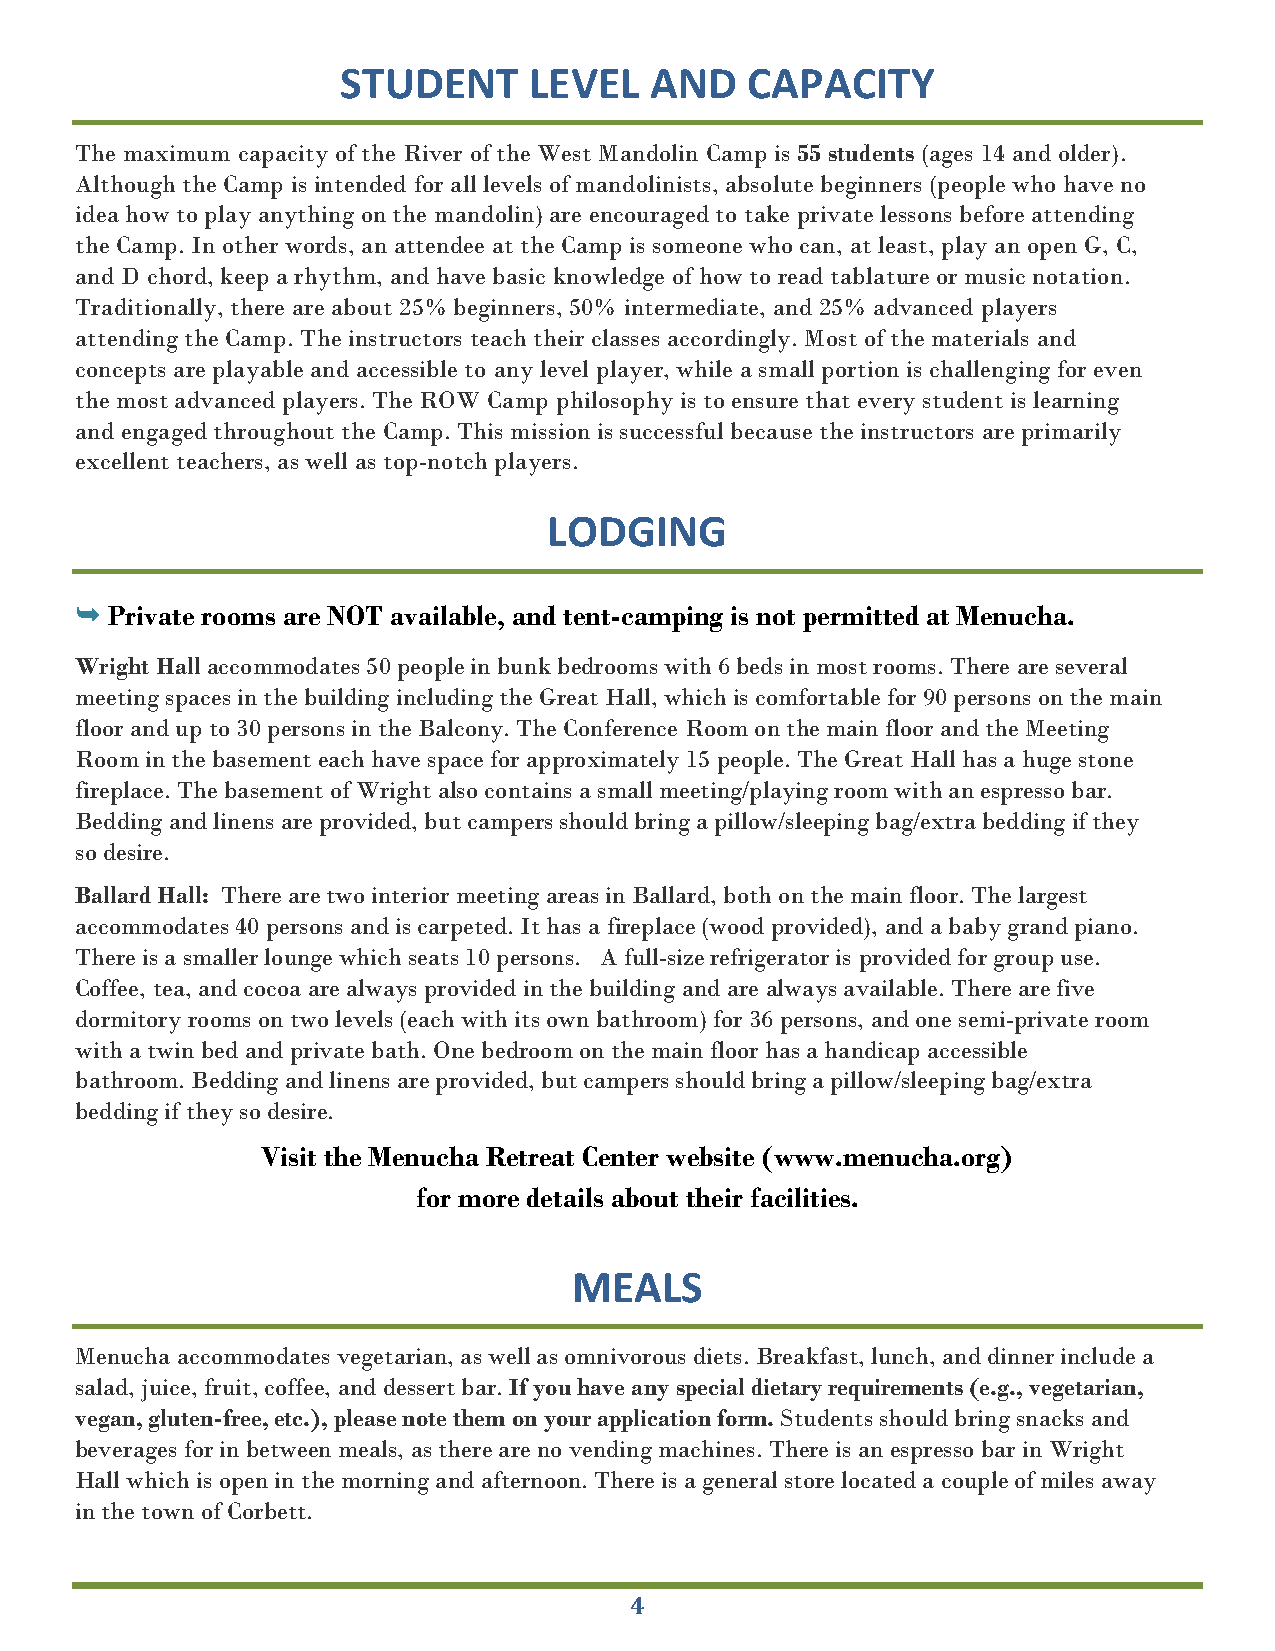
STUDENT     LEVEL   AND   CAPACITY
 The maximum capacity of the River of the West Mandolin Camp is 55 students (ages 14 and older).
 Although the Camp is intended for all levels of mandolinists, absolute beginners (people who have no
 idea how to play anything on the mandolin) are encouraged to take private lessons before attending
 the Camp. In other words, an attendee at the Camp is someone who can, at least, play an open G, C,
 and D chord, keep a rhythm, and have basic knowledge of how to read tablature or music notation.
 Traditionally, there are about 25% beginners, 50% intermediate, and 25% advanced players
 attending the Camp. The instructors teach their classes accordingly. Most of the materials and
 concepts are playable and accessible to any level player, while a small portion is challenging for even
 the most advanced players. The ROW Camp philosophy is to ensure that every student is learning
 and engaged throughout the Camp. This mission is successful because the instructors are primarily
 excellent teachers, as well as top-notch players.
 LODGING
  Private rooms are NOT available, and tent-camping is not permitted at Menucha.
 Wright Hall accommodates 50 people in bunk bedrooms with 6 beds in most rooms. There are several
 meeting spaces in the building including the Great Hall, which is comfortable for 90 persons on the main
 floor and up to 30 persons in the Balcony. The Conference Room on the main floor and the Meeting
 Room in the basement each have space for approximately 15 people. The Great Hall has a huge stone
 fireplace. The basement of Wright also contains a small meeting/playing room with an espresso bar.
 Bedding and linens are provided, but campers should bring a pillow/sleeping bag/extra bedding if they
 so desire.
 Ballard Hall: There are two interior meeting areas in Ballard, both on the main floor. The largest
 accommodates 40 persons and is carpeted. It has a fireplace (wood provided), and a baby grand piano.
 There is a smaller lounge which seats 10 persons. A full-size refrigerator is provided for group use.
 Coffee, tea, and cocoa are always provided in the building and are always available. There are five
 dormitory rooms on two levels (each with its own bathroom) for 36 persons, and one semi-private room
 with a twin bed and private bath. One bedroom on the main floor has a handicap accessible
 bathroom. Bedding and linens are provided, but campers should bring a pillow/sleeping bag/extra
 bedding if they so desire.
 Visit the Menucha Retreat Center website (www.menucha.org)
 for more details about their facilities.
 MEALS
 Menucha accommodates vegetarian, as well as omnivorous diets. Breakfast, lunch, and dinner include a
 salad, juice, fruit, coffee, and dessert bar. If you have any special dietary requirements (e.g., vegetarian,
 vegan, gluten-free, etc.), please note them on your application form. Students should bring snacks and
 beverages for in between meals, as there are no vending machines. There is an espresso bar in Wright
 Hall which is open in the morning and afternoon. There is a general store located a couple of miles away
 in the town of Corbett.
 4